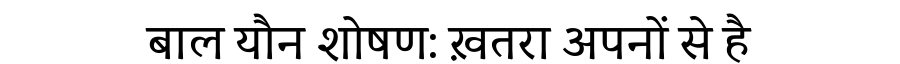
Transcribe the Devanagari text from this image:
बाल यौन शोषण: ख़तरा अपनों से है